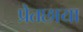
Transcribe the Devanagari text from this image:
प्रेतछाया